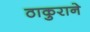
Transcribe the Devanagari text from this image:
ठाकुराने